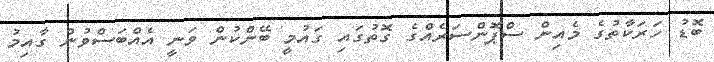
ބޮޑު ހަރަކާތުގެ މެއިން ސްޕޮންސަރެއްގެ ގޮތުގައި ގައުމީ ބޭންކުން ވަނީ އެއްބަސްވުން ގާއިމު